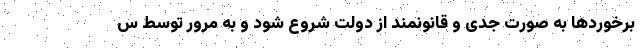
برخوردها به صورت جدی و قانونمند از دولت شروع شود و به مرور توسط س